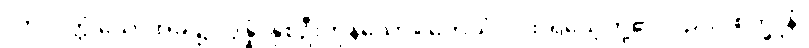
လာလတ္တံ့သောအခါ၌။ ဒွိန္နံ၊ နှစ်ဦးကုန်သော။ တေသံပိ၊ ထိုရသေ့တို့၏လည်း။ စက္ခူနံ၊